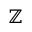
\mathbb { Z }